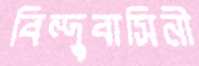
বিন্দুবাসিনী